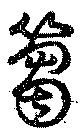
篘